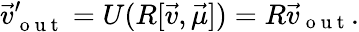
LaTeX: \vec{v}_{\mathrm{~o~u~t~}}^{\prime}=U(R[\vec{v},\vec{\mu}])=R\vec{v}_{\mathrm{~o~u~t~}}.